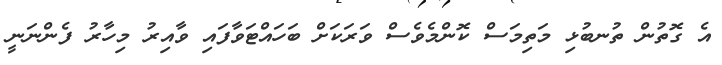
އެ ގޮތުން ތުނބުޅި މަތިމަސް ކޮންމެވެސް ވަރަކަށް ބަހައްޓަވާފައި ވާއިރު މިހާރު ފެންނަނީ